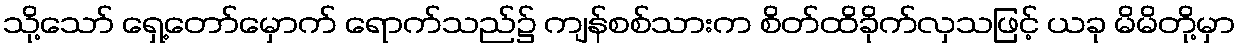
သို့သော် ရှေ့တော်မှောက် ရောက်သည်၌ ကျန်စစ်သားက စိတ်ထိခိုက်လှသဖြင့် ယခု မိမိတို့မှာ